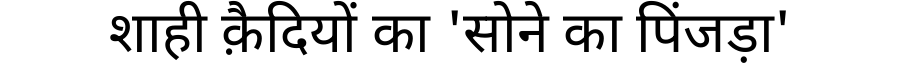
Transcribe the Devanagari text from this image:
शाही क़ैदियों का 'सोने का पिंजड़ा'